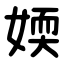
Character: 媆